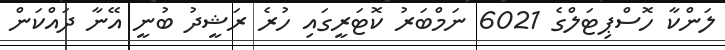
ލަންކާ ހޮސްޕިޓަލްގެ 6021 ނަމްބަރު ކޮޓަރީގައި ހުރެ ރަޝީދު ބުނީ އޭނާ ދައްކަން